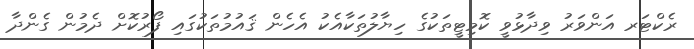
ރެކްޓަރ އަންވަރު ވިދާޅުވީ ކޮމިޓީތަކުގެ ހިޔާލުތަކާއެކު އެހެން ޤައުމުތަކުގައި ފޯރުކޮށް ދެމުން ގެންދާ